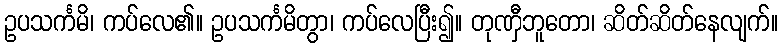
ဥပသင်္ကမိ၊ ကပ်လေ၏။ ဥပသင်္ကမိတွာ၊ ကပ်လေပြီး၍။ တုဏှီဘူတော၊ ဆိတ်ဆိတ်နေလျက်။